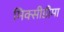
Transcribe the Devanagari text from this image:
मिक्सीडीमा